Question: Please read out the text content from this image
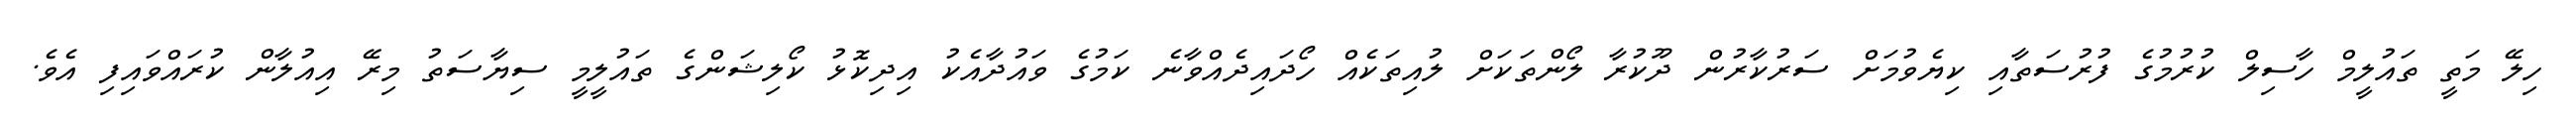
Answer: ހިލޭ މަތީ ތައުލީމް ހާސިލް ކުރުމުގެ ފުރުސަތާއި ކިޔެވުމަށް ސަރުކާރުން ދޫކުރާ ލޯންތަކަށް ލުއިތަކެއް ހޯދައިދެއްވާނެ ކަމުގެ ވައުދާއެކު އިދިކޮޅު ކޯލިޝަންގެ ތައުލީމީ ސިޔާސަތު މިރޭ އިއުލާން ކުރައްވައިފި އެވެ.